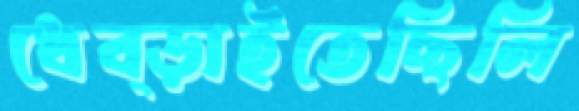
ধেব্‌ড়াইতেছিলি